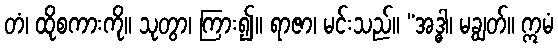
တံ၊ ထိုစကားကို။ သုတွာ၊ ကြား၍။ ရာဇာ၊ မင်းသည်။ “အဒ္ဓါ၊ မချွတ်။ ဣမံ